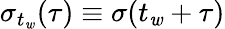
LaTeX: \sigma_{t_{\mathit{w}}}(\tau)\equiv\sigma(t_{\mathit{w}}+\tau)